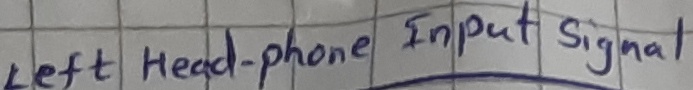
Text: left head-phone Input signal